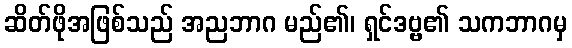
ဆိတ်ဖိုအဖြစ်သည် အညဘာဂ မည်၏၊ ရှင်ဒဗ္ဗ၏ သကဘာဂမှ